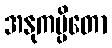
အနုကမ္ပိတော